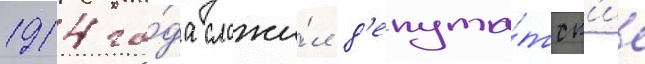
1914 го́да сложи́л д'епута́тск'ие